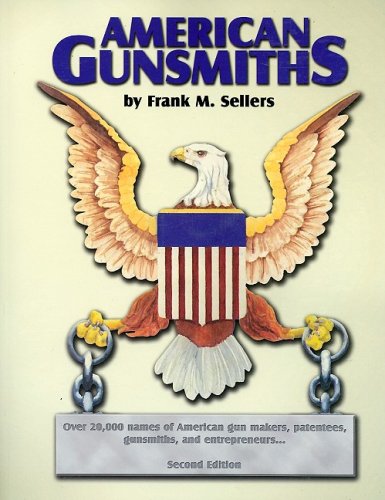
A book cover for American Gunsmiths; Frank Sellers; Crafts, Hobbies & Home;